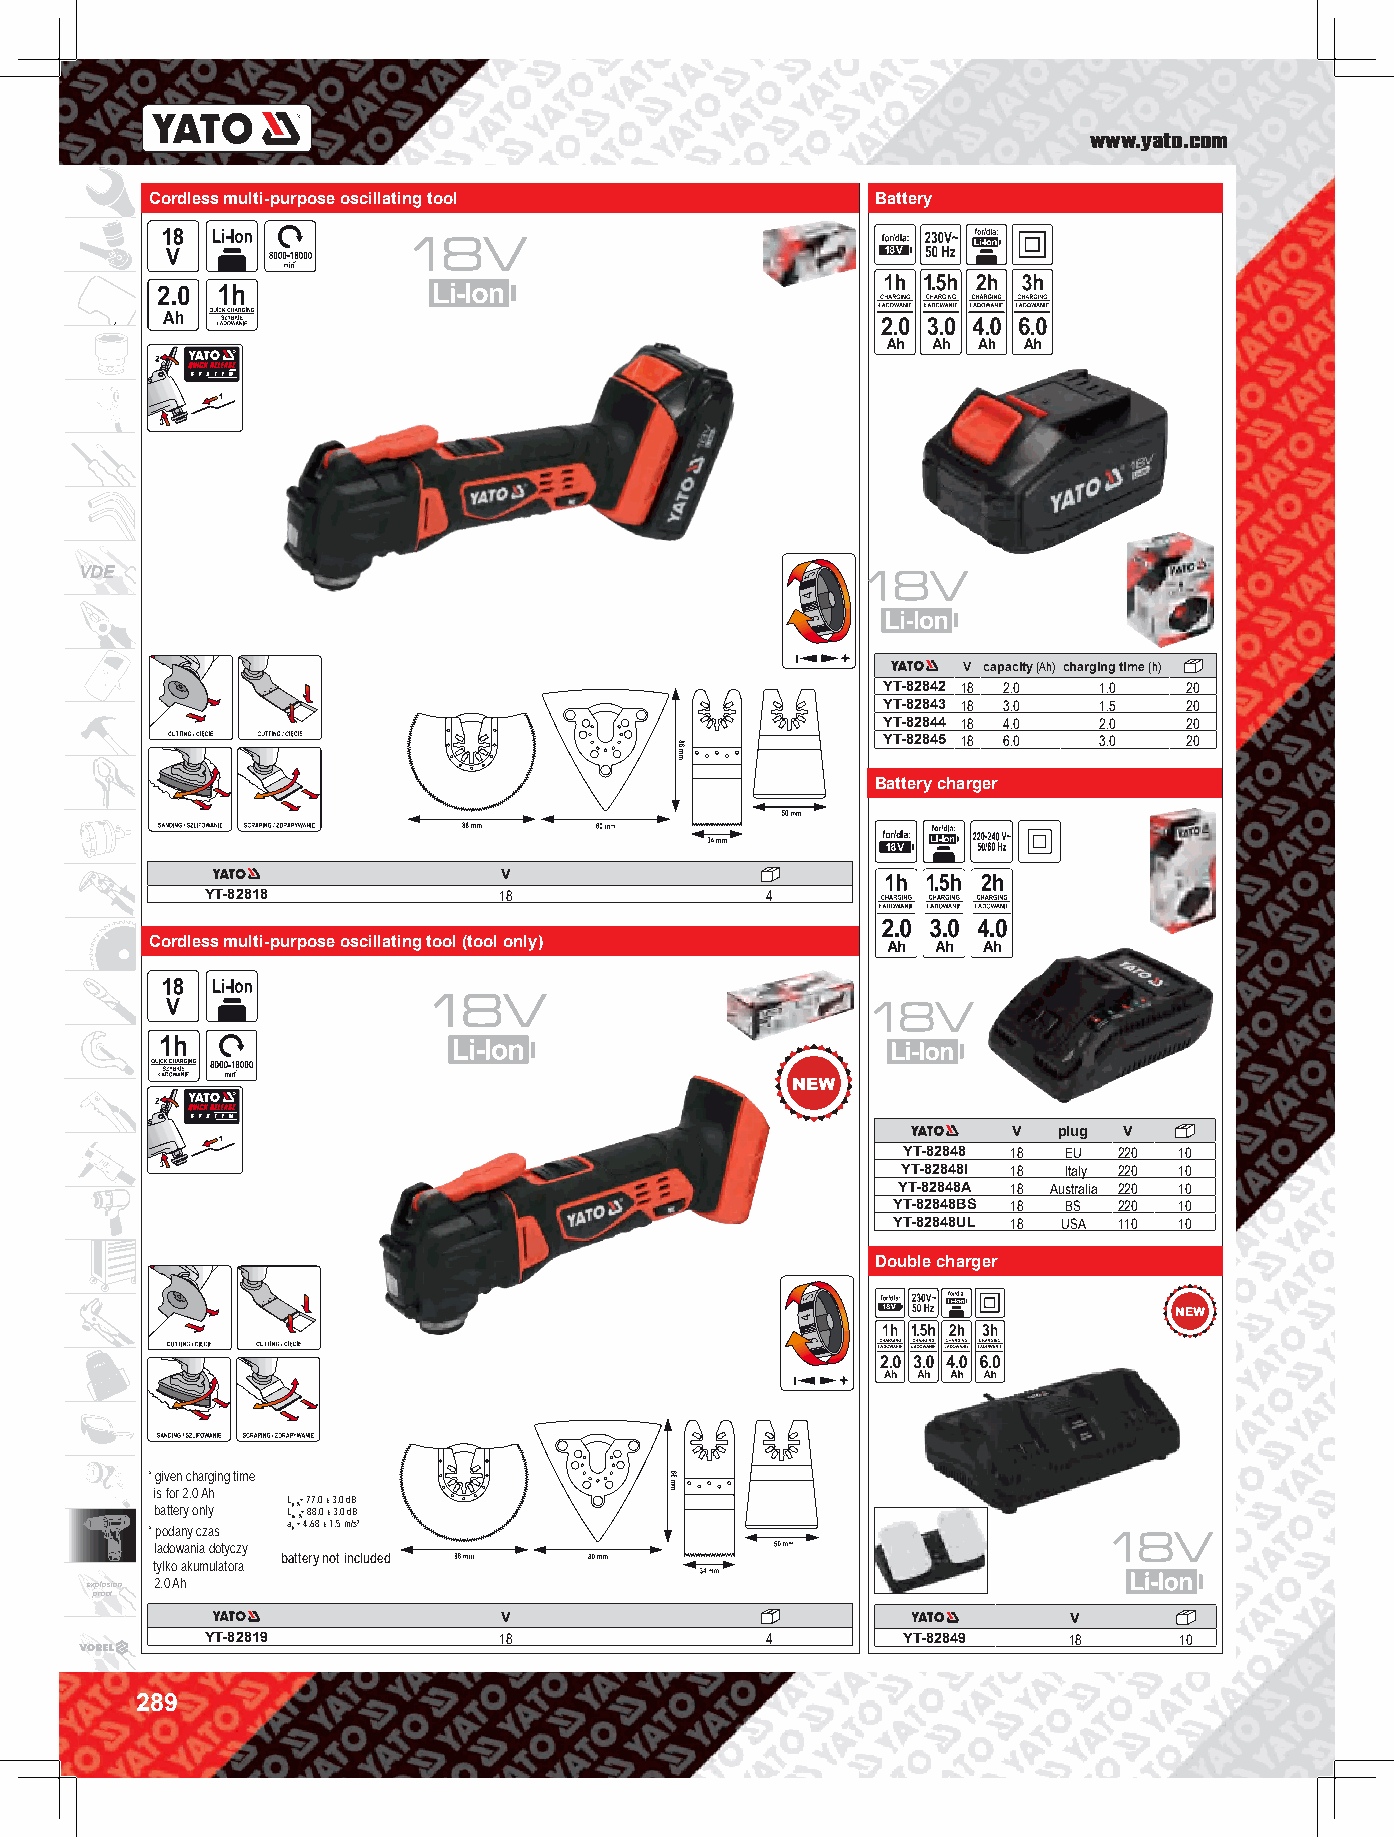
www.yato.com
 Cordless multi-purpose oscillating tool         Battery
 VDE
 V capacity (Ah) charging time (h)
 YT-82842 18 2.0 1.0  20
 YT-82843 18 3.0 1.5  20
 YT-82844 18 4.0 2.0  20
 YT-82845 18 6.0 3.0  20
 Battery charger
 V
 YT-82818           18                4
 Cordless multi-purpose oscillating tool (tool only)
 V  plug V
 YT-82848 18 EU 220 10
 YT-82848I 18 Italy 220 10
 YT-82848A 18 Australia 220 10
 YT-82848BS 18 BS 220 10
 YT-82848UL 18 USA 110 10
 Double charger
 * given charging time
 is for 2.0 Ah
 L = 77,0 ± 3,0 dB;
 battery only LpA = 88,0 ± 3,0 dB;
 aw =A 4,68 ± 1,5 m/s2
 * podany czas h
 ładowania dotyczy
 battery not included
 tylko akumulatora
 explosion 2.0 Ah
 proof
 V                                     V
 YT-82819           18                4        YT-82849   18     10
 289